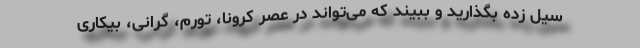
سیل زده بگذارید و ببیند که می‌تواند در عصر کرونا، تورم، گرانی، بیکاری